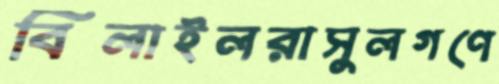
বিলাইলরাসুলগণে